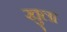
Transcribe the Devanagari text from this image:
खु्ला